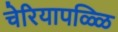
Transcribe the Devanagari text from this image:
चेरियापळ्ळि